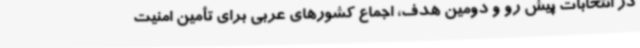
در انتخابات پیش رو و دومین هدف، اجماع کشورهای عربی برای تأمین امنیت